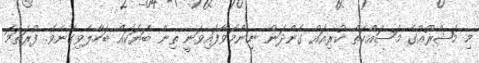
މި މަޝްރޫއުގެ މަސައްކަތް ކުރިއައް ގެންދަން ނިންމަވާފައިވަނީ ތިން ބަޔަކައް ބަހާލެވިގެނެވެ. ފުރަތަމަ